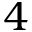
4